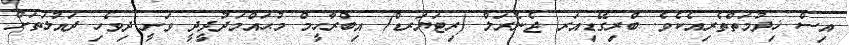
އިސް ޚިދުމަތްތެރިއެކެވެ. ބްރިގޭޑިއަރ ޖެނެރަލް (ރިޓަޔަރޑް) އިބްރާހީމް މުޙައްމަދުދީދީ ވަނީ ދިވެހި ދައުލަތަށް